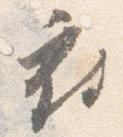
府